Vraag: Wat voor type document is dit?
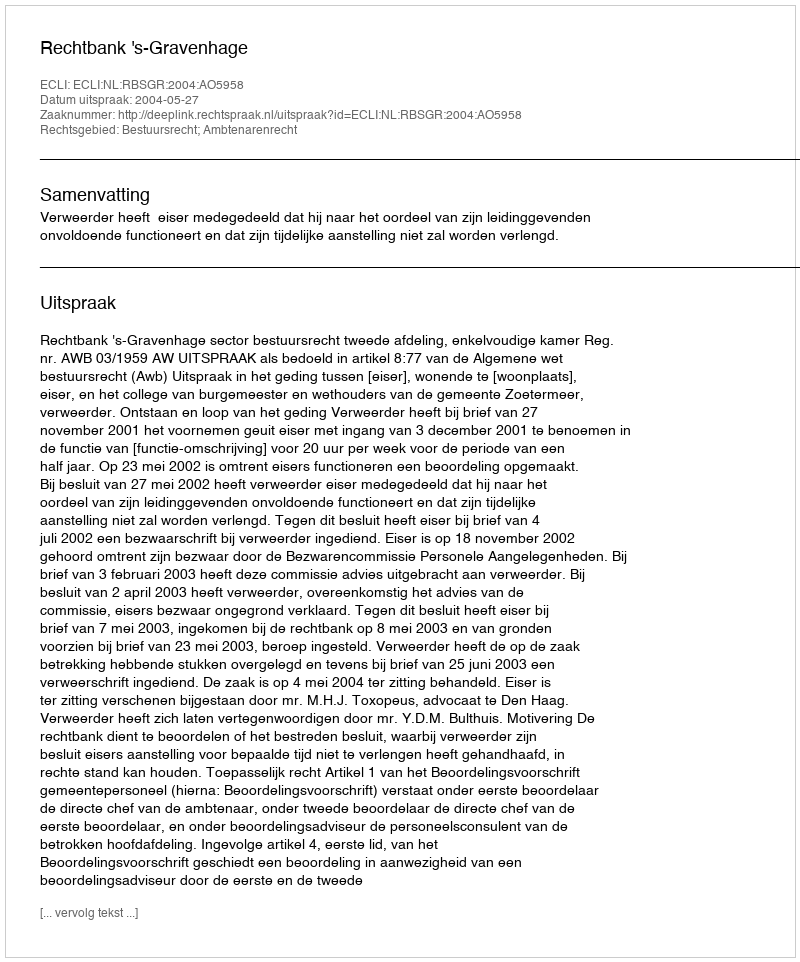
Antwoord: Uitspraak